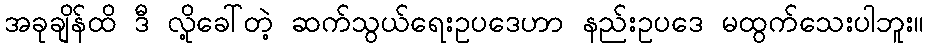
အခုချိန်ထိ ဒီ လို့ခေါ်တဲ့ ဆက်သွယ်ရေးဥပဒေဟာ နည်းဥပဒေ မထွက်သေးပါဘူး။